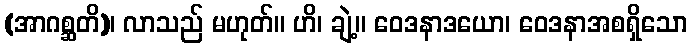
(အာဂစ္ဆတိ)၊ လာသည် မဟုတ်။ ဟိ၊ ချဲ့။ ဝေဒနာဒယော၊ ဝေဒနာအစရှိသော